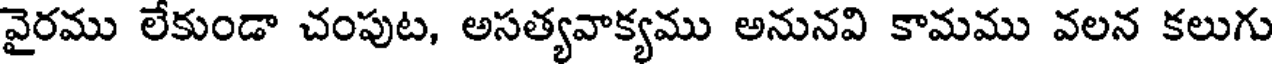
వైరము లేకుండా చంపుట, అసత్యవాక్యము అనునవి కామము వలన కలుగు